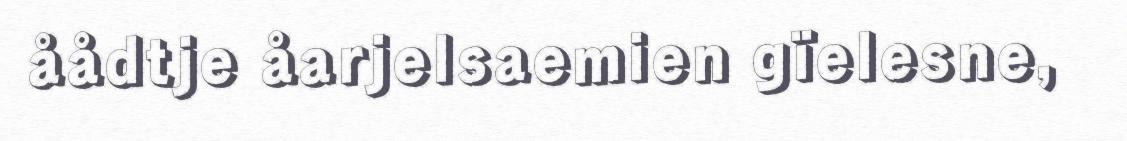
åådtje åarjelsaemien gïelesne,